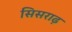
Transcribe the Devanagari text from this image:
सिसराढ़